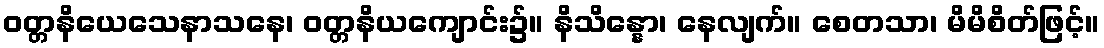
ဝတ္တနိယေသေနာသနေ၊ ဝတ္တနိယကျောင်း၌။ နိသိန္နော၊ နေလျက်။ စေတသာ၊ မိမိစိတ်ဖြင့်။